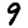
Digit: 9